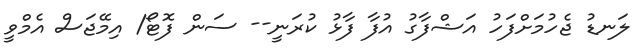
ލަނޑު ޖެހުމަށްފަހު އަޝްފާގު އުފާ ފާޅު ކުރަނީ-- ސަން ފޮޓޯ/ އިމޭޖަސް އެމްވީ